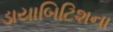
ડાયાબિટિશના